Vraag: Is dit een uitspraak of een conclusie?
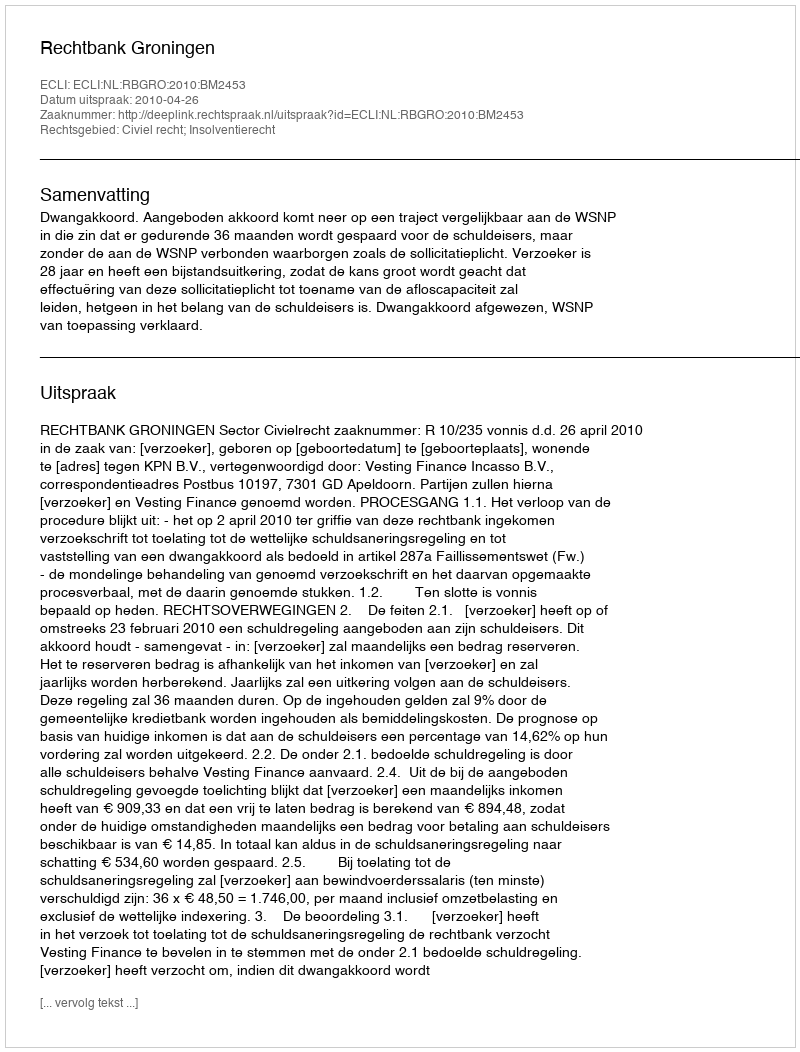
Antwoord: Uitspraak